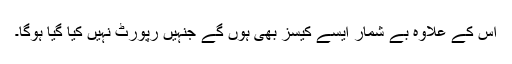
اس کے علاوہ بے شمار ایسے کیسز بھی ہوں گے جنہیں رپورٹ نہیں کیا گیا ہوگا۔